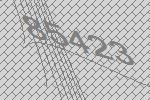
85423